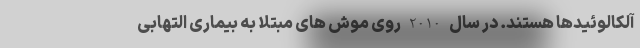
آلکالوئیدها هستند. در سال 2010 روی موش های مبتلا به بیماری التهابی